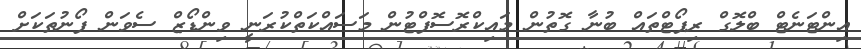
އިންޓަނެޓް ބްލޮގް ރިޕޯޓްތައް ބުނާ ގޮތުން މައިކްރޮސޮފްޓުން މަސައްކަތްކުރަނީ ވިންޑޯޒް ސެވަން ފޯނުތަކަށް